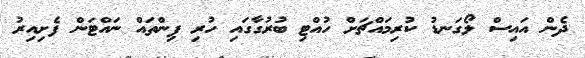
ދެން އައިސް ލޯގަނޑު ކުރިމައްޗަށް ހުއްޓި ބުރުގާގައި ހުރި ޕިންތައް ނައްޓަން ފެށިއިރު